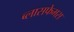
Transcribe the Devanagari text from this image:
ब्लासफेमस